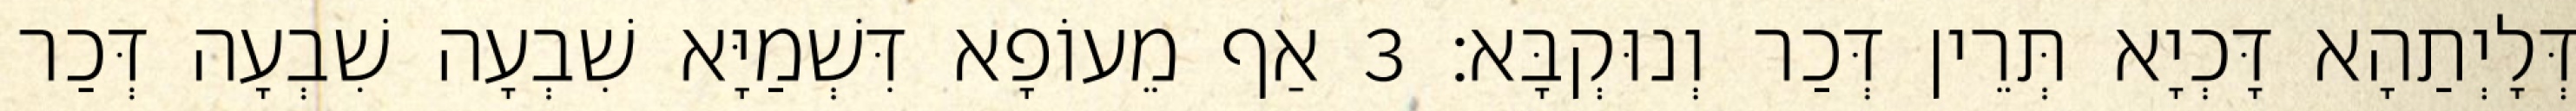
דְּלָיְתַהָא דָּכְיָא תְּרֵין דְּכַר וְנוּקְבָּא׃ 3 אַף מֵעוֹפָא דִּשְׁמַיָּא שִׁבְעָה שִׁבְעָה דְּכַר